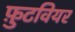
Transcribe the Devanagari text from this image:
फ़ुटवियर